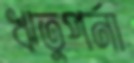
ঋতুপর্না